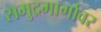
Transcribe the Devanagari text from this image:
समुद्रमार्गावर